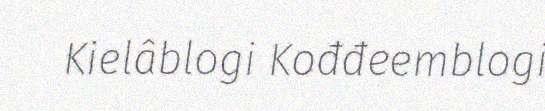
Kielâblogi Kođđeemblogi